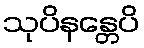
သုပိနန္တေပိ